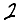
Digit: 2